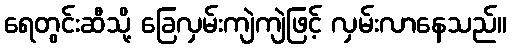
ရေတွင်းဆီသို့ ခြေလှမ်းကျဲကျဲဖြင့် လှမ်းလာနေသည်။